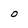
Character: O